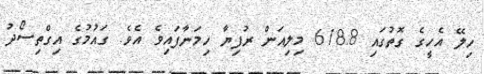
ހިލޭ އެހީގެ ގޮތުގައި 618.8 މިލިއަން ރުފިޔާ ހިމަނާފައިވެ އެވެ. ގައުމުގެ އިގްތިސޯދު